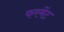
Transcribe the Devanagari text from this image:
फरमेंट